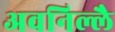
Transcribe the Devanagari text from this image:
अवनिल्लै